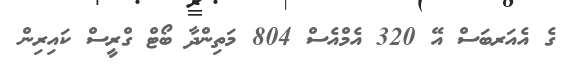
ގެ އެއަރބަސް އޭ 320 އެމްއެސް 804 މަތިންދާ ބޯޓް ގްރީސް ކައިރިން